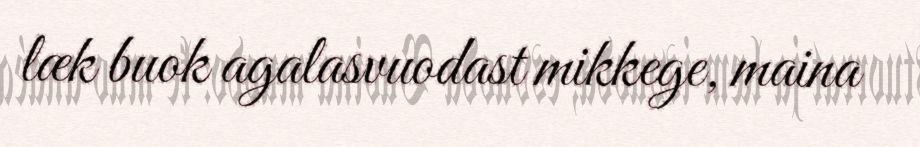
læk buok agalasvuodast mikkege, maina